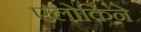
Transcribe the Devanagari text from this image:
एलोकिने